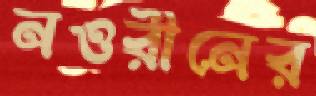
নওরীনের